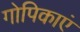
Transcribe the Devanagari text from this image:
गोपिकाएं